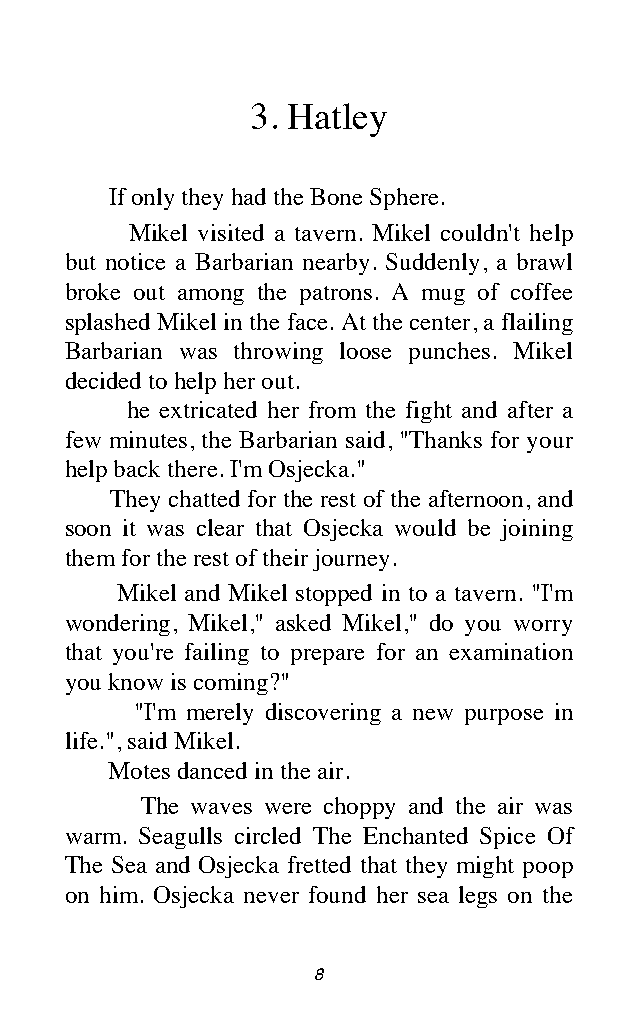
3. Hatley
 If only they had the Bone Sphere.
 Mikel visited a tavern. Mikel couldn't help
 but notice a Barbarian nearby. Suddenly, a brawl
 broke out among the patrons. A mug of coffee
 splashed Mikel in the face. At the center, a flailing
 Barbarian was throwing loose punches. Mikel
 decided to help her out.
 he extricated her from the fight and after a
 few minutes, the Barbarian said, "Thanks for your
 help back there. I'm Osjecka."
 They chatted for the rest of the afternoon, and
 soon it was clear that Osjecka would be joining
 them for the rest of their journey.
 Mikel and Mikel stopped in to a tavern. "I'm
 wondering, Mikel," asked Mikel," do you worry
 that you're failing to prepare for an examination
 you know is coming?"
 "I'm merely discovering a new purpose in
 life.", said Mikel.
 Motes danced in the air.
 The waves were choppy and the air was
 warm. Seagulls circled The Enchanted Spice Of
 The Sea and Osjecka fretted that they might poop
 on him. Osjecka never found her sea legs on the
 8